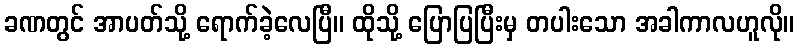
ခဏတွင် အာပတ်သို့ ရောက်ခဲ့လေပြီ။ ထိုသို့ ပြောပြပြီးမှ တပါးသော အခါကာလဟူလို။